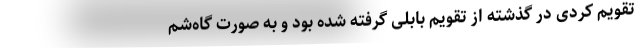
تقویم کردی در گذشته از تقویم بابلی گرفته شده بود و به صورت گاه‌شم